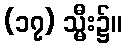
(၁၇) သ္မီး၌။